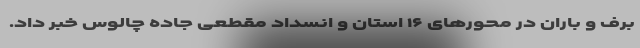
برف و باران در محور‌های ۱۶ استان و انسداد مقطعی جاده چالوس خبر داد.